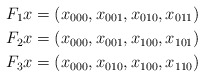
\begin{align*}F_1x &= (x_{000},x_{001},x_{010},x_{011}) \\F_2x &= (x_{000},x_{001},x_{100},x_{101}) \\F_3x &= (x_{000},x_{010},x_{100},x_{110})\end{align*}